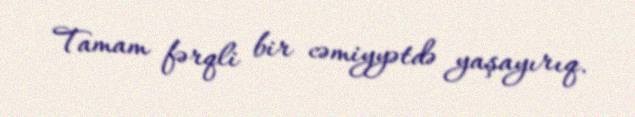
Tamam fərqli bir cəmiyyətdə yaşayırıq.